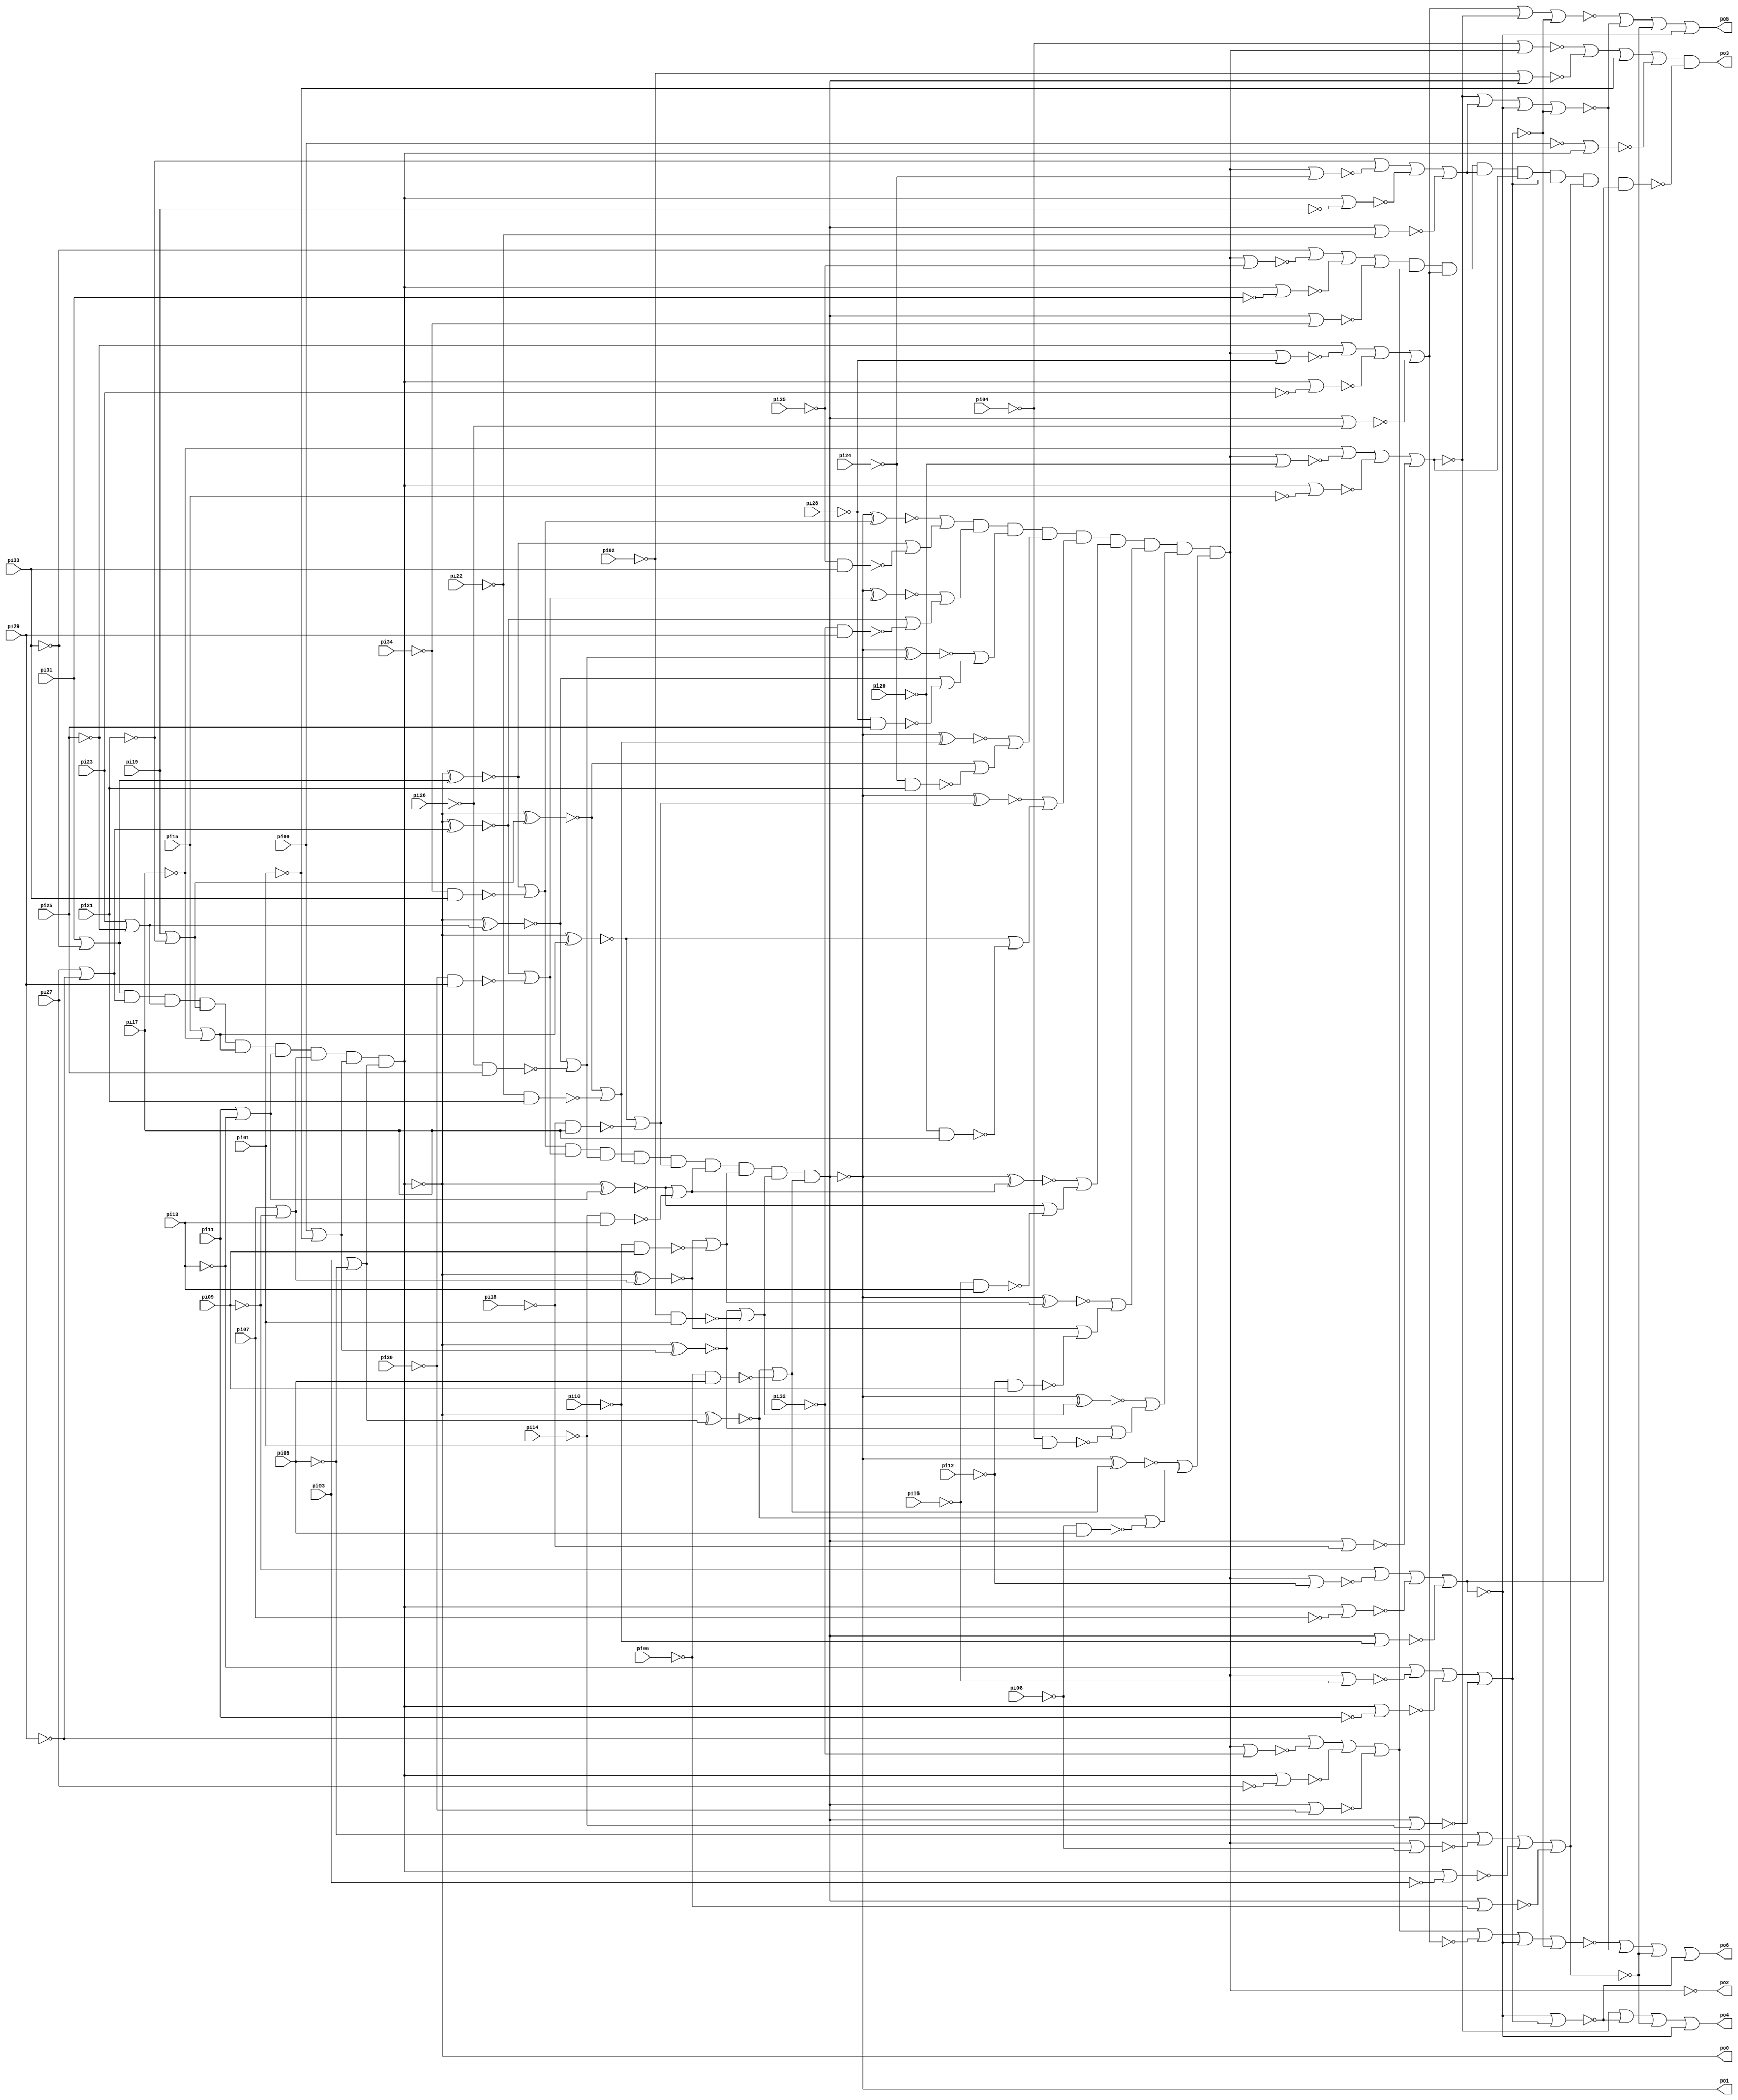
// Benchmark "C432.iscas" written by ABC on Thu Mar 19 13:02:36 2020

module C432_iscas  ( 
    pi00, pi01, pi02, pi03, pi04, pi05, pi06, pi07, pi08, pi09, pi10, pi11,
    pi12, pi13, pi14, pi15, pi16, pi17, pi18, pi19, pi20, pi21, pi22, pi23,
    pi24, pi25, pi26, pi27, pi28, pi29, pi30, pi31, pi32, pi33, pi34, pi35,
    po0, po1, po2, po3, po4, po5, po6  );
  input  pi00, pi01, pi02, pi03, pi04, pi05, pi06, pi07, pi08, pi09,
    pi10, pi11, pi12, pi13, pi14, pi15, pi16, pi17, pi18, pi19, pi20, pi21,
    pi22, pi23, pi24, pi25, pi26, pi27, pi28, pi29, pi30, pi31, pi32, pi33,
    pi34, pi35;
  output po0, po1, po2, po3, po4, po5, po6;
  wire new_n44_, new_n45_, new_n46_, new_n47_, new_n48_, new_n49_, new_n50_,
    new_n51_, new_n52_, new_n53_, new_n54_, new_n55_, new_n56_, new_n57_,
    new_n58_, new_n59_, new_n60_, new_n61_, new_n62_, new_n63_, new_n64_,
    new_n65_, new_n66_, new_n67_, new_n68_, new_n69_, new_n70_, new_n71_,
    new_n72_, new_n73_, new_n74_, new_n75_, new_n76_, new_n77_, new_n78_,
    new_n79_, new_n80_, new_n81_, new_n82_, new_n83_, new_n84_, new_n85_,
    new_n86_, new_n87_, new_n88_, new_n89_, new_n90_, new_n91_, new_n93_,
    new_n94_, new_n95_, new_n96_, new_n97_, new_n98_, new_n99_, new_n100_,
    new_n101_, new_n102_, new_n103_, new_n104_, new_n105_, new_n106_,
    new_n107_, new_n108_, new_n109_, new_n110_, new_n111_, new_n112_,
    new_n113_, new_n114_, new_n115_, new_n116_, new_n117_, new_n118_,
    new_n119_, new_n120_, new_n121_, new_n122_, new_n123_, new_n124_,
    new_n125_, new_n126_, new_n127_, new_n128_, new_n129_, new_n130_,
    new_n131_, new_n132_, new_n133_, new_n134_, new_n135_, new_n136_,
    new_n137_, new_n138_, new_n139_, new_n140_, new_n142_, new_n143_,
    new_n144_, new_n145_, new_n146_, new_n147_, new_n148_, new_n149_,
    new_n150_, new_n151_, new_n152_, new_n153_, new_n154_, new_n155_,
    new_n156_, new_n157_, new_n158_, new_n159_, new_n160_, new_n161_,
    new_n162_, new_n163_, new_n164_, new_n165_, new_n166_, new_n167_,
    new_n168_, new_n169_, new_n170_, new_n172_, new_n173_, new_n174_,
    new_n175_, new_n176_, new_n177_, new_n178_, new_n179_, new_n180_,
    new_n181_, new_n182_, new_n183_, new_n184_, new_n185_, new_n186_,
    new_n187_, new_n188_, new_n189_, new_n190_, new_n191_, new_n192_,
    new_n193_, new_n194_, new_n195_, new_n197_, new_n198_, new_n199_,
    new_n200_;
  assign new_n44_ = ~pi33;
  assign new_n45_ = ~pi31;
  assign new_n46_ = ~pi29;
  assign new_n47_ = ~pi27;
  assign new_n48_ = ~pi25;
  assign new_n49_ = ~pi23;
  assign new_n50_ = ~pi21;
  assign new_n51_ = ~pi19;
  assign new_n52_ = ~pi17;
  assign new_n53_ = ~pi15;
  assign new_n54_ = ~pi13;
  assign new_n55_ = ~pi11;
  assign new_n56_ = ~pi09;
  assign new_n57_ = ~pi07;
  assign new_n58_ = ~pi05;
  assign new_n59_ = ~pi03;
  assign new_n60_ = ~pi01;
  assign new_n61_ = ~pi00;
  assign new_n62_ = ~pi35 & ~new_n44_;
  assign new_n63_ = ~pi34 & ~new_n44_;
  assign new_n64_ = ~new_n45_ | ~pi33;
  assign new_n65_ = ~pi32 & ~new_n46_;
  assign new_n66_ = ~pi30 & ~new_n46_;
  assign new_n67_ = ~new_n47_ | ~pi29;
  assign new_n68_ = ~pi28 & ~new_n48_;
  assign new_n69_ = ~pi26 & ~new_n48_;
  assign new_n70_ = ~new_n49_ | ~pi25;
  assign new_n71_ = ~pi24 & ~new_n50_;
  assign new_n72_ = ~pi22 & ~new_n50_;
  assign new_n73_ = ~new_n51_ | ~pi21;
  assign new_n74_ = ~pi20 & ~new_n52_;
  assign new_n75_ = ~pi18 & ~new_n52_;
  assign new_n76_ = ~new_n53_ | ~pi17;
  assign new_n77_ = ~pi16 & ~new_n54_;
  assign new_n78_ = ~pi14 & ~new_n54_;
  assign new_n79_ = ~new_n55_ | ~pi13;
  assign new_n80_ = ~pi12 & ~new_n56_;
  assign new_n81_ = ~pi10 & ~new_n56_;
  assign new_n82_ = ~new_n57_ | ~pi09;
  assign new_n83_ = ~pi08 & ~new_n58_;
  assign new_n84_ = ~pi06 & ~new_n58_;
  assign new_n85_ = ~new_n59_ | ~pi05;
  assign new_n86_ = ~pi04 & ~new_n60_;
  assign new_n87_ = ~pi02 & ~new_n60_;
  assign new_n88_ = ~new_n61_ | ~pi01;
  assign new_n89_ = new_n64_ & new_n67_ & new_n70_ & new_n73_ & new_n76_ & new_n79_ & new_n82_ & new_n88_ & new_n85_;
  assign new_n90_ = ~new_n89_;
  assign new_n91_ = ~new_n89_;
  assign po0 = ~new_n89_;
  assign new_n93_ = new_n90_ ^ new_n64_;
  assign new_n94_ = ~new_n91_ | ~pi31;
  assign new_n95_ = new_n90_ ^ new_n67_;
  assign new_n96_ = ~new_n91_ | ~pi27;
  assign new_n97_ = new_n90_ ^ new_n70_;
  assign new_n98_ = ~new_n91_ | ~pi23;
  assign new_n99_ = new_n90_ ^ new_n73_;
  assign new_n100_ = ~new_n91_ | ~pi19;
  assign new_n101_ = new_n90_ ^ new_n76_;
  assign new_n102_ = ~new_n91_ | ~pi15;
  assign new_n103_ = new_n90_ ^ new_n79_;
  assign new_n104_ = ~new_n91_ | ~pi11;
  assign new_n105_ = new_n90_ ^ new_n82_;
  assign new_n106_ = ~new_n91_ | ~pi07;
  assign new_n107_ = new_n90_ ^ new_n85_;
  assign new_n108_ = ~new_n91_ | ~pi03;
  assign new_n109_ = new_n90_ ^ new_n88_;
  assign new_n110_ = ~pi00 | ~new_n91_;
  assign new_n111_ = ~new_n93_ | ~new_n62_;
  assign new_n112_ = ~new_n93_ | ~new_n63_;
  assign new_n113_ = ~new_n95_ | ~new_n65_;
  assign new_n114_ = ~new_n95_ | ~new_n66_;
  assign new_n115_ = ~new_n97_ | ~new_n68_;
  assign new_n116_ = ~new_n97_ | ~new_n69_;
  assign new_n117_ = ~new_n99_ | ~new_n71_;
  assign new_n118_ = ~new_n99_ | ~new_n72_;
  assign new_n119_ = ~new_n101_ | ~new_n74_;
  assign new_n120_ = ~new_n101_ | ~new_n75_;
  assign new_n121_ = ~new_n103_ | ~new_n77_;
  assign new_n122_ = ~new_n103_ | ~new_n78_;
  assign new_n123_ = ~new_n105_ | ~new_n80_;
  assign new_n124_ = ~new_n105_ | ~new_n81_;
  assign new_n125_ = ~new_n107_ | ~new_n83_;
  assign new_n126_ = ~new_n107_ | ~new_n84_;
  assign new_n127_ = ~new_n109_ | ~new_n86_;
  assign new_n128_ = ~new_n109_ | ~new_n87_;
  assign new_n129_ = ~new_n111_;
  assign new_n130_ = new_n112_ & new_n114_ & new_n116_ & new_n118_ & new_n120_ & new_n122_ & new_n124_ & new_n128_ & new_n126_;
  assign new_n131_ = ~new_n113_;
  assign new_n132_ = ~new_n115_;
  assign new_n133_ = ~new_n117_;
  assign new_n134_ = ~new_n119_;
  assign new_n135_ = ~new_n121_;
  assign new_n136_ = ~new_n123_;
  assign new_n137_ = ~new_n125_;
  assign new_n138_ = ~new_n127_;
  assign new_n139_ = ~new_n130_;
  assign new_n140_ = ~new_n130_;
  assign po1 = ~new_n130_;
  assign new_n142_ = ~new_n140_ | ~pi34;
  assign new_n143_ = new_n139_ ^ new_n112_;
  assign new_n144_ = ~new_n140_ | ~pi30;
  assign new_n145_ = new_n139_ ^ new_n114_;
  assign new_n146_ = ~new_n140_ | ~pi26;
  assign new_n147_ = new_n139_ ^ new_n116_;
  assign new_n148_ = ~new_n140_ | ~pi22;
  assign new_n149_ = new_n139_ ^ new_n118_;
  assign new_n150_ = ~new_n140_ | ~pi18;
  assign new_n151_ = new_n139_ ^ new_n120_;
  assign new_n152_ = ~new_n140_ | ~pi14;
  assign new_n153_ = new_n139_ ^ new_n122_;
  assign new_n154_ = ~new_n140_ | ~pi10;
  assign new_n155_ = new_n139_ ^ new_n124_;
  assign new_n156_ = ~new_n140_ | ~pi06;
  assign new_n157_ = new_n139_ ^ new_n126_;
  assign new_n158_ = ~pi02 | ~new_n140_;
  assign new_n159_ = new_n139_ ^ new_n128_;
  assign new_n160_ = ~new_n143_ | ~new_n129_;
  assign new_n161_ = ~new_n145_ | ~new_n131_;
  assign new_n162_ = ~new_n147_ | ~new_n132_;
  assign new_n163_ = ~new_n149_ | ~new_n133_;
  assign new_n164_ = ~new_n151_ | ~new_n134_;
  assign new_n165_ = ~new_n153_ | ~new_n135_;
  assign new_n166_ = ~new_n155_ | ~new_n136_;
  assign new_n167_ = ~new_n157_ | ~new_n137_;
  assign new_n168_ = ~new_n159_ | ~new_n138_;
  assign new_n169_ = new_n160_ & new_n161_ & new_n162_ & new_n163_ & new_n164_ & new_n165_ & new_n166_ & new_n168_ & new_n167_;
  assign new_n170_ = ~new_n169_;
  assign po2 = ~new_n169_;
  assign new_n172_ = ~new_n170_ | ~pi35;
  assign new_n173_ = ~new_n170_ | ~pi32;
  assign new_n174_ = ~new_n170_ | ~pi28;
  assign new_n175_ = ~new_n170_ | ~pi24;
  assign new_n176_ = ~new_n170_ | ~pi20;
  assign new_n177_ = ~new_n170_ | ~pi16;
  assign new_n178_ = ~new_n170_ | ~pi12;
  assign new_n179_ = ~new_n170_ | ~pi08;
  assign new_n180_ = ~pi04 | ~new_n170_;
  assign new_n181_ = ~pi33 | ~new_n172_ | ~new_n94_ | ~new_n142_;
  assign new_n182_ = ~pi29 | ~new_n173_ | ~new_n96_ | ~new_n144_;
  assign new_n183_ = ~pi25 | ~new_n174_ | ~new_n98_ | ~new_n146_;
  assign new_n184_ = ~pi21 | ~new_n175_ | ~new_n100_ | ~new_n148_;
  assign new_n185_ = ~pi17 | ~new_n176_ | ~new_n102_ | ~new_n150_;
  assign new_n186_ = ~pi13 | ~new_n177_ | ~new_n104_ | ~new_n152_;
  assign new_n187_ = ~pi09 | ~new_n178_ | ~new_n106_ | ~new_n154_;
  assign new_n188_ = ~pi05 | ~new_n179_ | ~new_n108_ | ~new_n156_;
  assign new_n189_ = ~new_n180_ | ~new_n158_ | ~pi01 | ~new_n110_;
  assign new_n190_ = new_n181_ & new_n182_ & new_n183_ & new_n184_ & new_n185_ & new_n186_ & new_n188_ & new_n187_;
  assign new_n191_ = ~new_n182_;
  assign new_n192_ = ~new_n183_;
  assign new_n193_ = ~new_n184_;
  assign new_n194_ = ~new_n186_;
  assign new_n195_ = ~new_n189_;
  assign po3 = ~new_n195_ & ~new_n190_;
  assign new_n197_ = ~new_n191_ | ~new_n183_ | ~new_n187_ | ~new_n186_;
  assign new_n198_ = ~new_n185_ | ~new_n193_ | ~new_n187_ | ~new_n186_;
  assign new_n199_ = ~new_n192_ | ~new_n185_ | ~new_n186_;
  assign new_n200_ = ~new_n187_ | ~new_n194_;
  assign po4 = ~new_n185_ | ~new_n200_ | ~new_n188_ | ~new_n187_;
  assign po5 = ~new_n199_ | ~new_n198_ | ~new_n188_ | ~new_n187_;
  assign po6 = ~new_n197_ | ~new_n198_ | ~new_n188_ | ~new_n200_;
endmodule